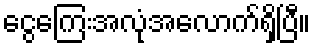
ငွေကြေးအလုံအလောက်ရှိပြီ။